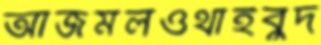
আজমলওথাইবুদ